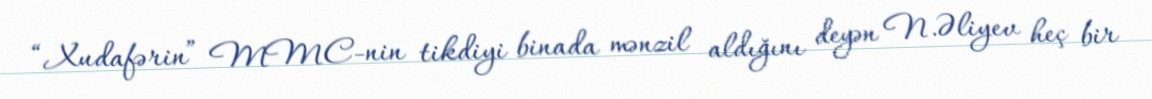
“Xudafərin” MMC-nin tikdiyi binada mənzil aldığını deyən N.Əliyev heç bir